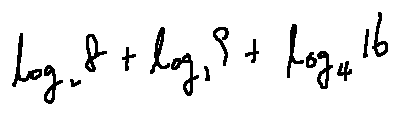
\log _ { 2 } 8 + \log _ { 3 } 9 + \log _ { 4 } 1 6